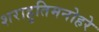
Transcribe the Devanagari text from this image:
शराहुतिमनोहरे